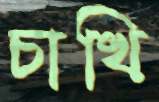
চাখি